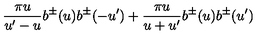
\frac { \pi u } { u ^ { \prime } - u } b ^ { \pm } ( u ) b ^ { \pm } ( - u ^ { \prime } ) + \frac { \pi u } { u + u ^ { \prime } } b ^ { \pm } ( u ) b ^ { \pm } ( u ^ { \prime } )